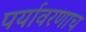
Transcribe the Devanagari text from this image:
पर्यावरणाच